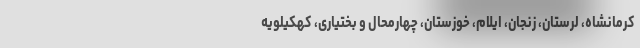
کرمانشاه، لرستان، زنجان، ایلام، خوزستان، چهارمحال و بختیاری، کهکیلویه